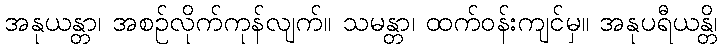
အနုယန္တာ၊ အစဉ်လိုက်ကုန်လျက်။ သမန္တာ၊ ထက်ဝန်းကျင်မှ။ အနုပရီယန္တိ၊